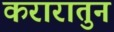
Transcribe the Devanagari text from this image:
करारातुन